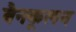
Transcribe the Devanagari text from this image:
बैनकूलन